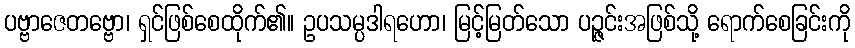
ပဗ္ဗာဇေတဗ္ဗော၊ ရှင်ဖြစ်စေထိုက်၏။ ဥပသမ္ပဒါရဟော၊ မြင့်မြတ်သော ပဉ္ဇင်းအဖြစ်သို့ ရောက်စေခြင်းကို